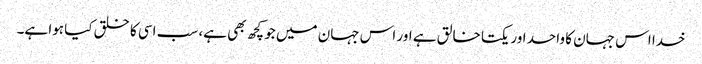
خدا اس جہان کا واحد اور یکتا خالق ہے اور اس جہان میں جو کچھ بھی ہے، سب اسی کا خلق کیا ہوا ہے۔